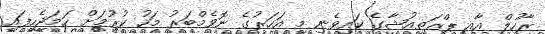
ރާހުލް އާއި ޕްރަތިއުޝާގެ ކައިވެނި މި އަހަރުގެ ނޮވެމްބަރު މަހު ކުރުމަށް ހަމަޖެހިފައި